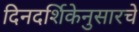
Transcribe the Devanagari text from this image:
दिनदर्शिकेनुसारचे